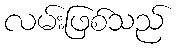
လမ်းဖြစ်သည်